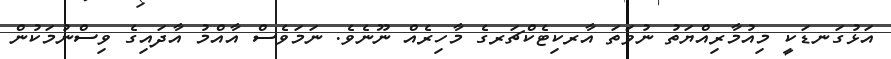
އަޅުގަނޑަކީ މިއުމާރިއްޔަތު ނުވަތަ އާރކިޓެކްޗަރގެ މާހިރެއް ނޫނެވެ. ނަމަވެސް އާއްމު އާދައިގެ ވިސްނުމަކުން